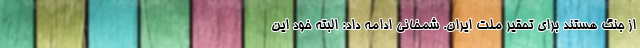
از جنگ هستند برای تحقیر ملت ایران. شمخانی ادامه داد: البته خود این